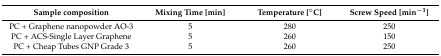
<table><thead><tr><td><b>Sample composition</b></td><td><b>Mixing Time [min]</b></td><td><b>Temperature [°C]</b></td><td><b>Screw Speed [min<sup>−1</sup>]</b></td></tr></thead><tbody><tr><td>PC + Graphene nanopowder AO-3</td><td>5</td><td>280</td><td>250</td></tr><tr><td>PC + ACS-Single Layer Graphene</td><td>5</td><td>260</td><td>150</td></tr><tr><td>PC + Cheap Tubes GNP Grade 3</td><td>5</td><td>260</td><td>250</td></tr></tbody></table>